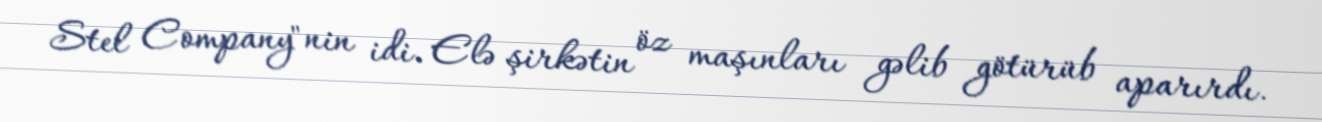
Stel Company"nin idi. Elə şirkətin öz maşınları gəlib götürüb aparırdı.